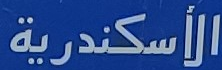
الأسكندرية